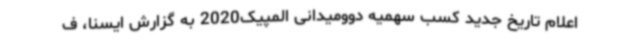
اعلام تاریخ جدید کسب سهمیه دوومیدانی المپیک2020 به گزارش ایسنا، ف